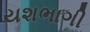
યશભાગી